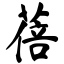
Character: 蓓